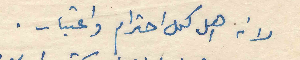
لأنه اهل كل احترام واعتبار.